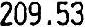
209.53